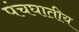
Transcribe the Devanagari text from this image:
पंचघातीय